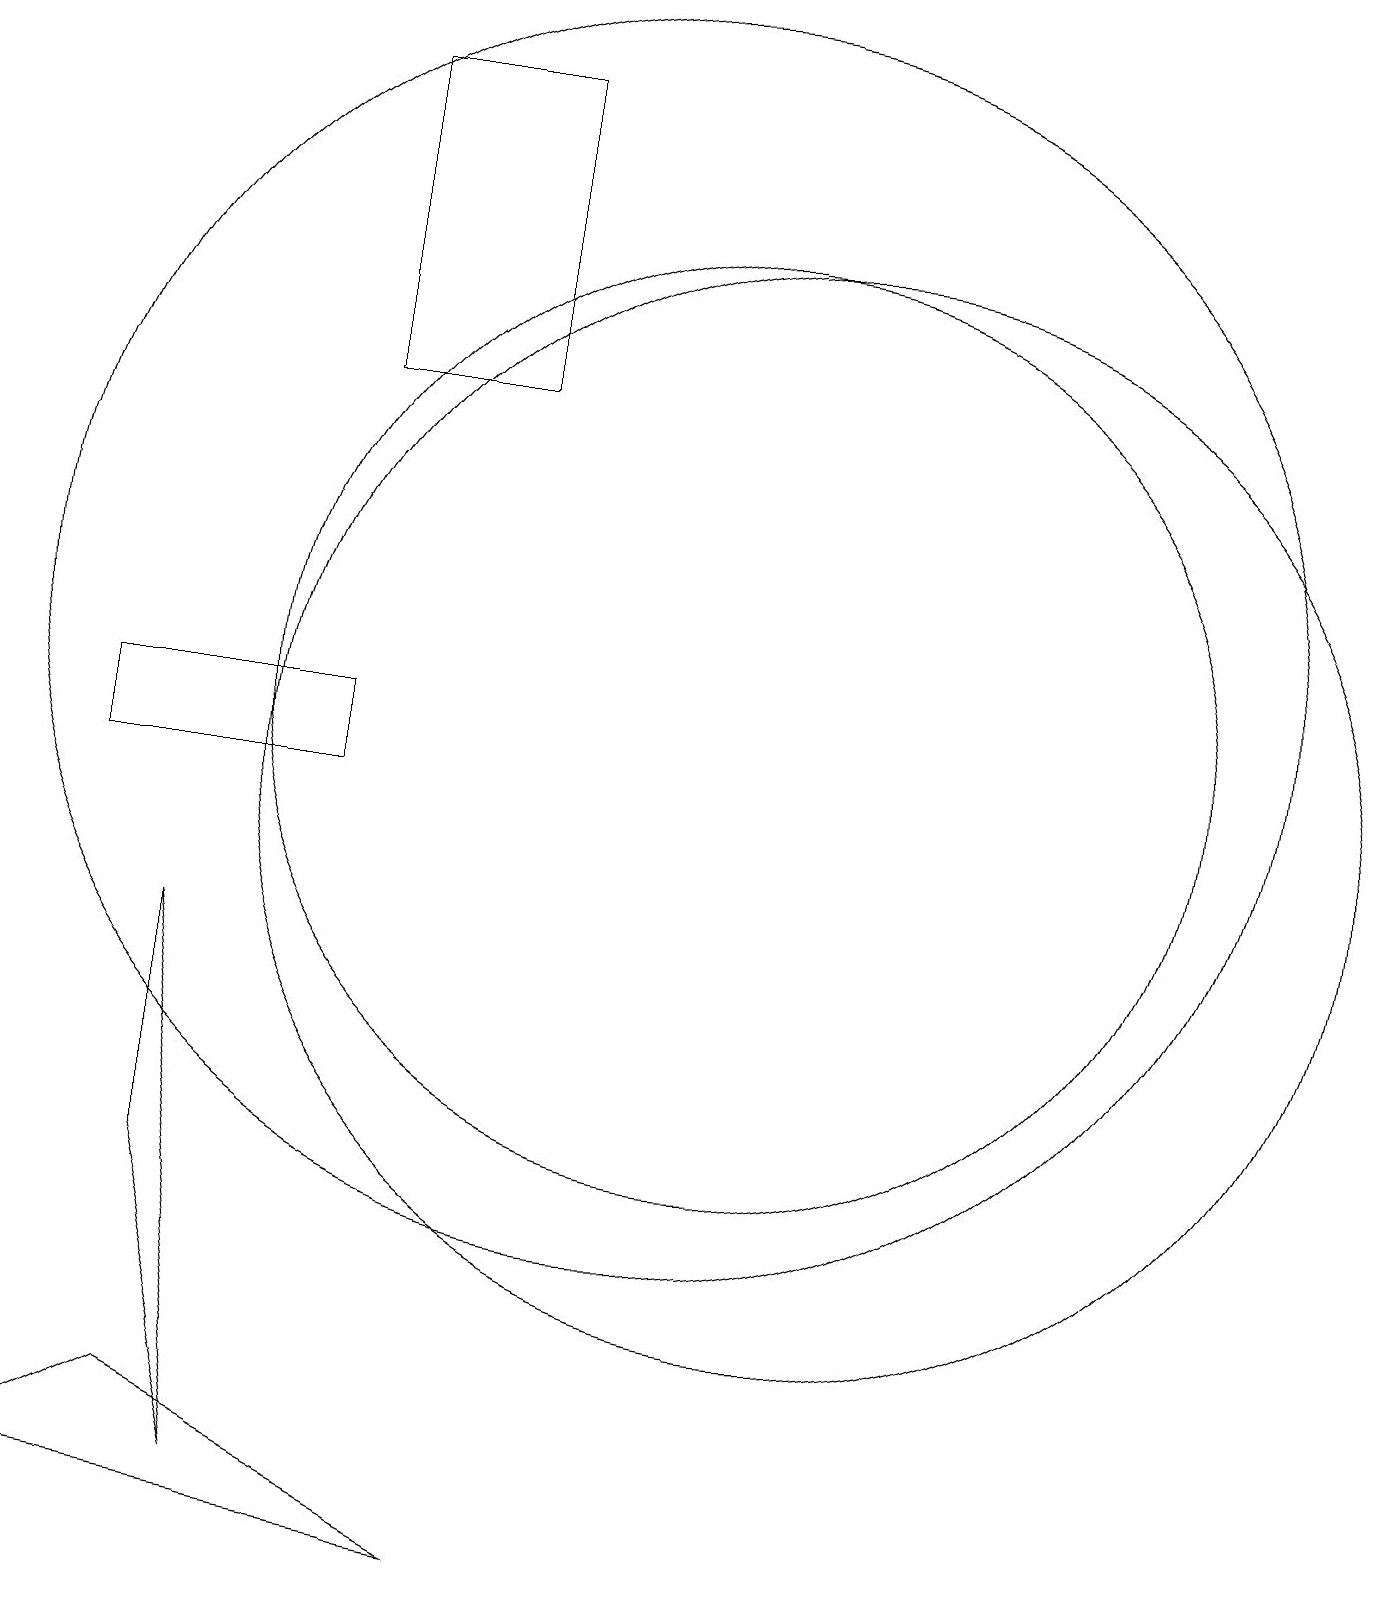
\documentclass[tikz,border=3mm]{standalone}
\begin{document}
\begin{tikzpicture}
\draw (8,19) rectangle (6,15);
\draw (4,5) -- (5,1) -- (4,8) -- cycle;
\draw (11,11) circle (6);
\draw (10,12) circle (8);
\draw (12,10) circle (7);
\draw (3,10) rectangle (6,11);
\draw (2,1) -- (8,0) -- (4,2) -- cycle;
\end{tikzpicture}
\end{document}